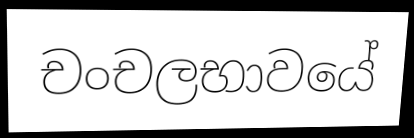
චංචලභාවයේ